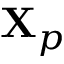
\mathbf { X } _ { p }